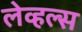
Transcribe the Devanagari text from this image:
लेव्हल्स